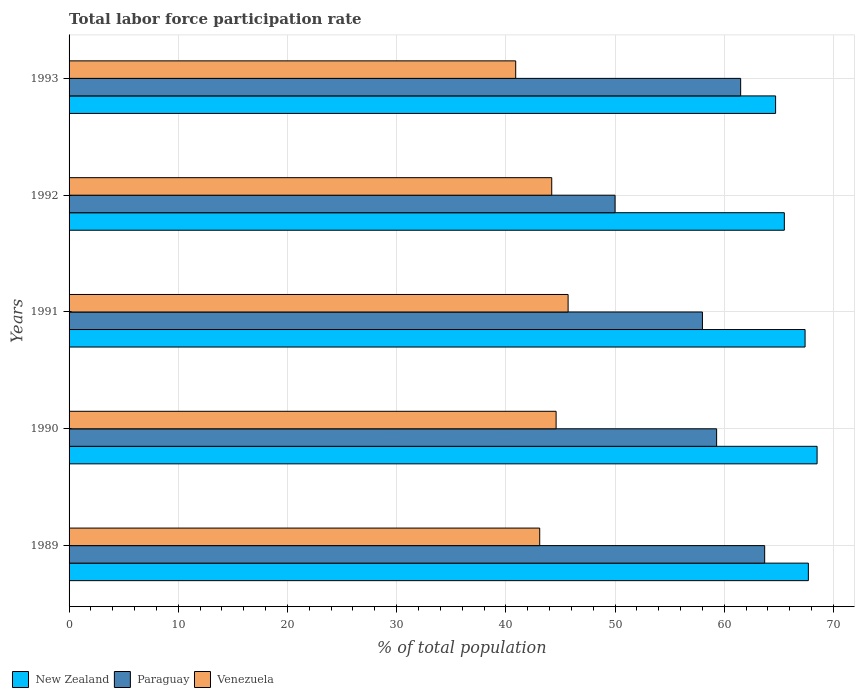
| Years | New Zealand | Paraguay | Venezuela |
 | --- | --- | --- | --- |
 | 1989 | 67.7 | 63.7 | 43.1 |
 | 1990 | 68.5 | 59.3 | 44.6 |
 | 1991 | 67.4 | 58 | 45.7 |
 | 1992 | 65.5 | 50 | 44.2 |
 | 1993 | 64.7 | 61.5 | 40.9 |